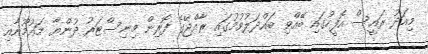
މިއަދު ރައީސް އޮފީހުގައި ބޭއްވި ބައްދަލުވުމުގައި ރާއްޖޭގެ ފޮރިން މިނިސްޓަރު ދުންޔާ މައުމޫނާއި